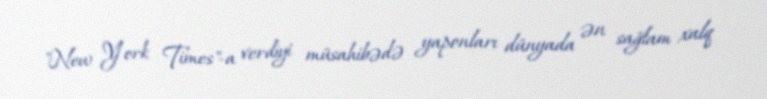
"New York Times"-a verdiyi müsahibədə yaponları dünyada ən sağlam xalq